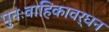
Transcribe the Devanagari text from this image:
पुनःवाहिकावर्धन